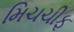
મિચચીફ